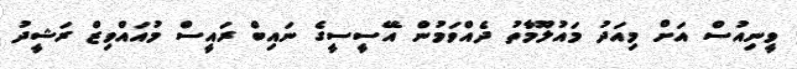
ވީނިއުސް އަށް މިއަދު މައުލޫމާތު ދެއްވަމުން އޭސީސީގެ ނައިބް ރައީސް މުއައްވިޒް ރަޝީދު